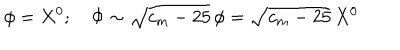
LaTeX: \phi = X ^ { 0 } ; \quad \Phi \sim \sqrt { c _ { m } - 2 5 } \, \phi = \sqrt { c _ { m } - 2 5 } \, X ^ { 0 }